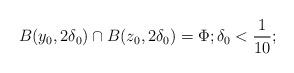
LaTeX: \begin{align*}B(y_0, 2\delta_0)\cap B(z_0, 2\delta_0) = \Phi; \delta_0<\frac{1}{10};\end{align*}